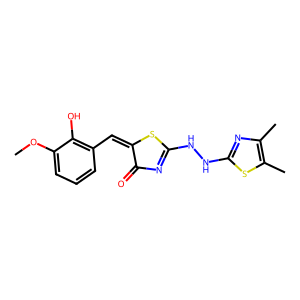
SMILES: COc1cccc(C=C2SC(NNc3nc(C)c(C)s3)=NC2=O)c1O
Inhibits HIV replication: No